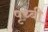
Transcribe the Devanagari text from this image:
पृथ्बी